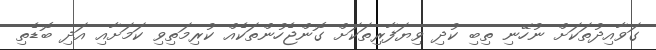
ގަވާއިދުތަކަށް ނުހޭނި ތިބި ކުދި ވިޔަފާރިތަކަށް ގޮންޖެހުންތަކެއް ކުރިމަތިވި ކަމަށާއި އަދި ބޮޑެތި